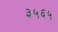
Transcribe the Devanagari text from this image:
३५६५